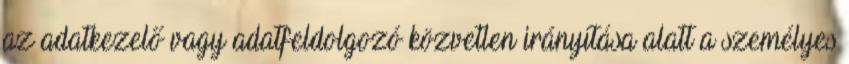
az adatkezelő vagy adatfeldolgozó közvetlen irányítása alatt a személyes